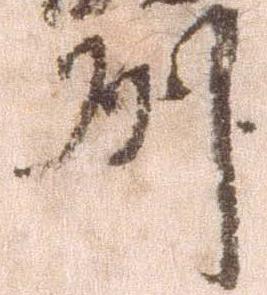
州